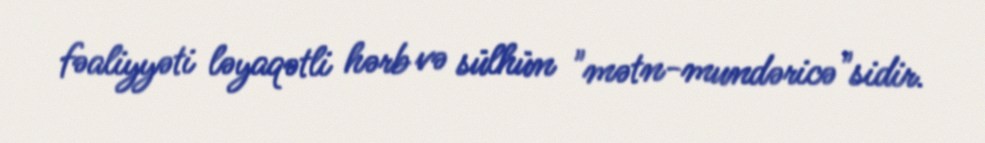
fəaliyyəti ləyaqətli hərb və sülhün "mətn-mundəricə"sidir.